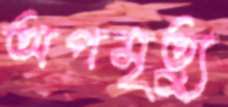
অপমৃত্যু